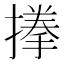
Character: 𭢐